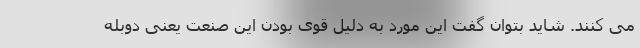
می کنند. شاید بتوان گفت این مورد به دلیل قوی بودن این صنعت یعنی دوبله